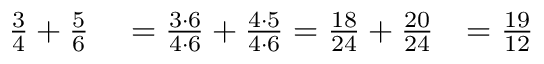
\begin{array} { r l r } { { \frac { 3 } { 4 } } + { \frac { 5 } { 6 } } } & { { } = { \frac { 3 \cdot 6 } { 4 \cdot 6 } } + { \frac { 4 \cdot 5 } { 4 \cdot 6 } } = { \frac { 1 8 } { 2 4 } } + { \frac { 2 0 } { 2 4 } } } & { = { \frac { 1 9 } { 1 2 } } } \end{array}